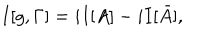
LaTeX: I [ g , \Gamma ] = i I [ A ] - i I [ \bar { A } ] ,